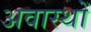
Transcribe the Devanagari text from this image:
अवास्थों